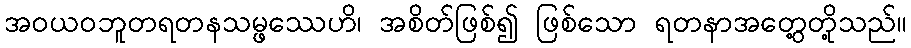
အဝယဝဘူတရတနသမ္ဖဿေဟိ၊ အစိတ်ဖြစ်၍ ဖြစ်သော ရတနာအတွေ့တို့သည်။